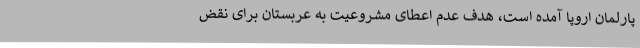
پارلمان اروپا آمده است، هدف عدم اعطای مشروعیت به عربستان برای نقض